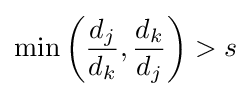
\min \left({\frac {d_{j}}{d_{k}}},{\frac {d_{k}}{d_{j}}}\right)>s